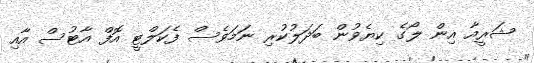
ޝަރީއާ އިން ލޯގެ ކިޔެވުން ބަދަލުކުރި ނަމަވެސް ފެކަލްޓީ އޮފް އާޓުސް އާއި